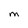
Character: M